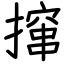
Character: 撺